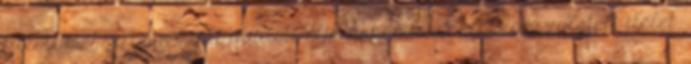
tiltott megsértése miatt indított eljárásban most először született ítélet.